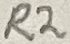
Text: R2